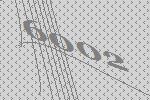
6002